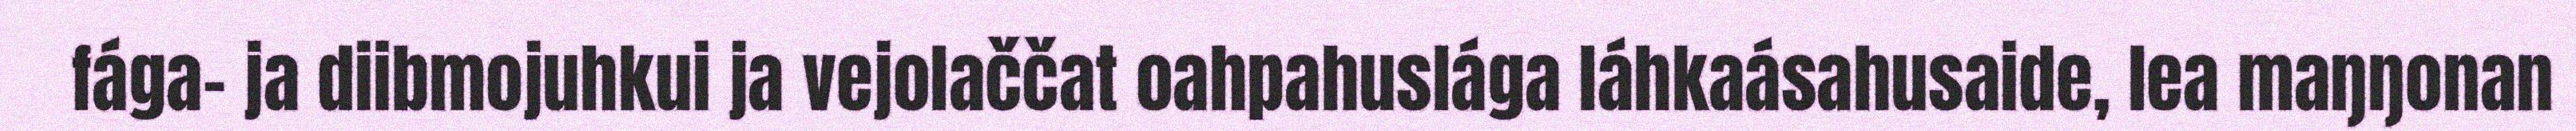
fága- ja diibmojuhkui ja vejolaččat oahpahuslága láhkaásahusaide, lea maŋŋonan